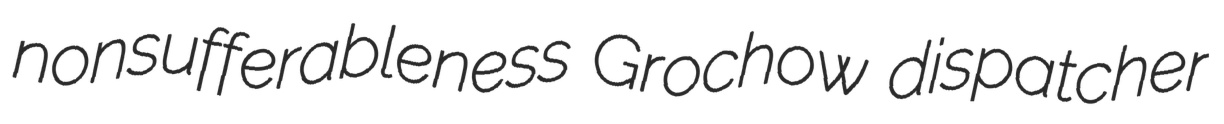
nonsufferableness Grochow dispatcher